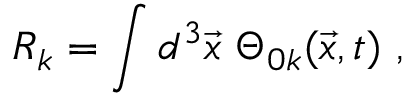
R _ { k } = \int d ^ { 3 } \vec { x } ~ \Theta _ { 0 k } ( \vec { x } , t ) ~ ,